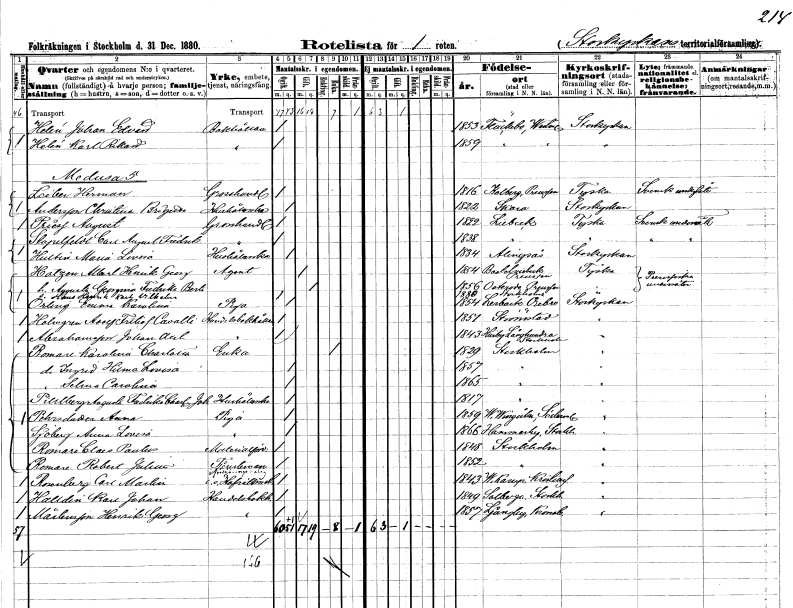
gt_parse: households: individuals: FN: Johan Edvard
EN: Helén
YRKE: Bokhållare
KON: M
CIV: O
FODAR: 1853
FODFORS: Fläckebo Västmanlands län
FN: Karl Rikard
EN: Helén
YRKE: Bokhållare
KON: M
CIV: O
FODAR: 1859
FODFORS: Fläckebo Västmanlands län
FN: Herman
EN: Leiber
YRKE: Grosshandlare
KON: M
CIV: O
FODAR: 1816
FN: Christina Birgitta
EN: Andersson
YRKE: Hushållerska
KON: K
CIV: O
FODAR: 1822
FODFORS: Skara Skaraborgs län
FN: August
EN: Priess
YRKE: Grosshandlare
KON: M
CIV: O
FODAR: 1822
FN: Carl August Fredrik
EN: Stapelfeldt
YRKE: Grosshandlare
KON: M
CIV: O
FODAR: 1838
FN: Maria Lovisa
EN: Hultin
YRKE: Hushållerska
KON: K
CIV: O
FODAR: 1834
FODFORS: Alingsås Älvsborgs län
FN: Allarl Henrik Georg
EN: Hatzen
YRKE: Agent
KON: M
CIV: G
FODAR: 1854
FN: Augusta Georgina Fredrika Berta
KON: K
CIV: G
FODAR: 1856
FN: Hans Henrik Karl Vilhelm
KON: M
CIV: O
FODAR: 1880
FODFORS: Stockholm
FN: Emma Karolina
EN: Örling
YRKE: Piga
KON: K
CIV: O
FODAR: 1854
FODFORS: Lerbäck Örebro län
FN: Adolf Fritiof
EN: Holmgren Cavalli
YRKE: Handelsbokhållare
KON: M
CIV: O
FODAR: 1851
FODFORS: Strömstad Göteborgs- och Bohuslän
FN: Johan Axel
EN: Abrahamsson
YRKE: Handelsbokhållare
KON: M
CIV: O
FODAR: 1843
FODFORS: Husby-Långhundra Uppsala län
FN: Karolina Charlotta
EN: Romare
YRKE: Änka
KON: K
CIV: E
FODAR: 1829
FODFORS: Stockholm
FN: Ingrid Hilma Lovisa
KON: K
CIV: O
FODAR: 1857
FODFORS: Stockholm
FN: Selma Carolina
KON: K
CIV: O
FODAR: 1865
FODFORS: Stockholm
FN: Augusta Fredrika Charlotta Johanna
EN: Pihlberg
YRKE: Hushållerska
KON: K
CIV: O
FODAR: 1817
FODFORS: Stockholm
FN: Anna
EN: Pehrsdotter
YRKE: Piga
KON: K
CIV: O
FODAR: 1859
FODFORS: Västra Vingåker Södermanlands län
FN: Anna Lovisa
EN: Sjöberg
YRKE: Piga
KON: K
CIV: O
FODAR: 1866
FODFORS: Hammarby Stockholms län
FN: Claes Paulus
EN: Romare
YRKE: Materialförvaltare
KON: M
CIV: O
FODAR: 1848
FODFORS: Stockholm
FN: Robert Julius
EN: Romare
YRKE: Tjänsteman vid försäkringsbolag
KON: M
CIV: O
FODAR: 1852
FODFORS: Stockholm
FN: Carl Martin
EN: Rosenberg
YRKE: Hovrättsnotarie e. o.
KON: M
CIV: O
FODAR: 1843
FODFORS: Västra Karup Kristianstads län
FN: Karl Johan
EN: Halldin
YRKE: Handelsbokhållare
KON: M
CIV: O
FODAR: 1849
FODFORS: Solberga Göteborgs- och Bohuslän
FN: Henrik Georg
EN: Mårtensson
YRKE: Handelsbokhållare
KON: M
CIV: O
FODAR: 1857
FODFORS: Ljungby Kronobergs län